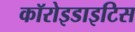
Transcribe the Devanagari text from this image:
कॉरोइडाइटिस